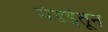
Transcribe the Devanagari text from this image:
मंडईतून